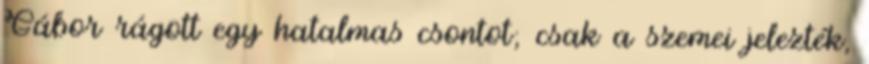
Gábor rágott egy hatalmas csontot; csak a szemei jelezték,